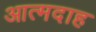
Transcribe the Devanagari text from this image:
आत्‍मदाह